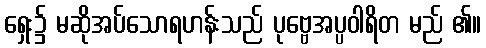
ရှေး၌ မဆိုအပ်သောရဟန်းသည် ပုဗ္ဗေအပ္ပဝါရိတ မည် ၏။